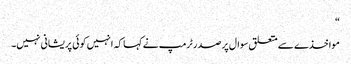
“
مواخذے سے متعلق سوال پر صدر ٹرمپ نے کہا کہ انہیں کوئی پریشانی نہیں۔